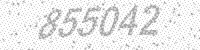
Solution: 855042